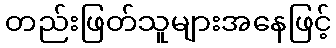
တည်းဖြတ်သူများအနေဖြင့်